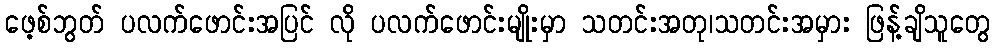
ဖေ့စ်ဘွတ် ပလက်ဖောင်းအပြင် လို ပလက်ဖောင်းမျိုးမှာ သတင်းအတု၊သတင်းအမှား ဖြန့်ချိသူတွေ